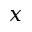
x